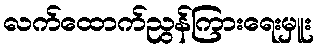
လက်ထောက်ညွန်ကြားရေးမှူး